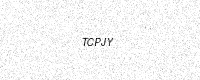
Text: TCPJY